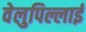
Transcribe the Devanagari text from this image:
वेलुपिल्लाई